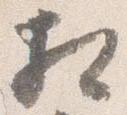
相